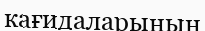
кағидаларының